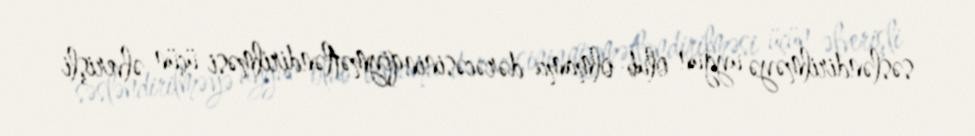
səsləndirilməyə uyğun olub-olmama dərəcəsinin qiymətləndirilməsi üçün əlverişli